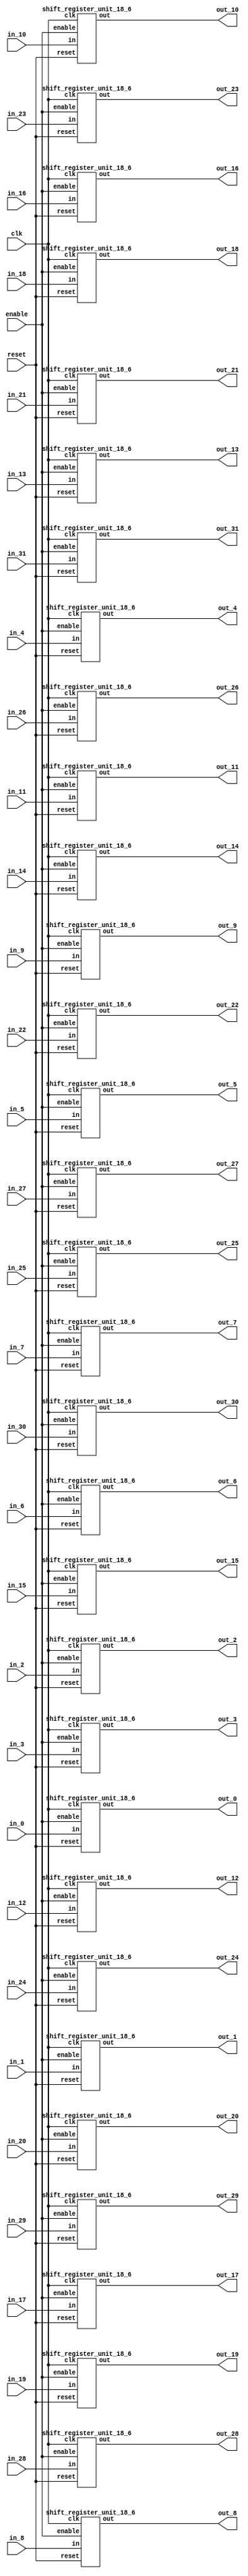
`define SIMULATION_MEMORY

module shift_register_group_18_32_6 (
	input clk,
	input enable,
	input [17:0] in_0,
	output [17:0] out_0,
	input [17:0] in_1,
	output [17:0] out_1,
	input [17:0] in_2,
	output [17:0] out_2,
	input [17:0] in_3,
	output [17:0] out_3,
	input [17:0] in_4,
	output [17:0] out_4,
	input [17:0] in_5,
	output [17:0] out_5,
	input [17:0] in_6,
	output [17:0] out_6,
	input [17:0] in_7,
	output [17:0] out_7,
	input [17:0] in_8,
	output [17:0] out_8,
	input [17:0] in_9,
	output [17:0] out_9,
	input [17:0] in_10,
	output [17:0] out_10,
	input [17:0] in_11,
	output [17:0] out_11,
	input [17:0] in_12,
	output [17:0] out_12,
	input [17:0] in_13,
	output [17:0] out_13,
	input [17:0] in_14,
	output [17:0] out_14,
	input [17:0] in_15,
	output [17:0] out_15,
	input [17:0] in_16,
	output [17:0] out_16,
	input [17:0] in_17,
	output [17:0] out_17,
	input [17:0] in_18,
	output [17:0] out_18,
	input [17:0] in_19,
	output [17:0] out_19,
	input [17:0] in_20,
	output [17:0] out_20,
	input [17:0] in_21,
	output [17:0] out_21,
	input [17:0] in_22,
	output [17:0] out_22,
	input [17:0] in_23,
	output [17:0] out_23,
	input [17:0] in_24,
	output [17:0] out_24,
	input [17:0] in_25,
	output [17:0] out_25,
	input [17:0] in_26,
	output [17:0] out_26,
	input [17:0] in_27,
	output [17:0] out_27,
	input [17:0] in_28,
	output [17:0] out_28,
	input [17:0] in_29,
	output [17:0] out_29,
	input [17:0] in_30,
	output [17:0] out_30,
	input [17:0] in_31,
	output [17:0] out_31,
	input reset
);

shift_register_unit_18_6 shift_register_unit_18_6_inst_0 (
	.clk(clk),
	.reset(reset),
	.enable(enable),
	.in(in_0),
	.out(out_0)
);

shift_register_unit_18_6 shift_register_unit_18_6_inst_1 (
	.clk(clk),
	.reset(reset),
	.enable(enable),
	.in(in_1),
	.out(out_1)
);

shift_register_unit_18_6 shift_register_unit_18_6_inst_2 (
	.clk(clk),
	.reset(reset),
	.enable(enable),
	.in(in_2),
	.out(out_2)
);

shift_register_unit_18_6 shift_register_unit_18_6_inst_3 (
	.clk(clk),
	.reset(reset),
	.enable(enable),
	.in(in_3),
	.out(out_3)
);

shift_register_unit_18_6 shift_register_unit_18_6_inst_4 (
	.clk(clk),
	.reset(reset),
	.enable(enable),
	.in(in_4),
	.out(out_4)
);

shift_register_unit_18_6 shift_register_unit_18_6_inst_5 (
	.clk(clk),
	.reset(reset),
	.enable(enable),
	.in(in_5),
	.out(out_5)
);

shift_register_unit_18_6 shift_register_unit_18_6_inst_6 (
	.clk(clk),
	.reset(reset),
	.enable(enable),
	.in(in_6),
	.out(out_6)
);

shift_register_unit_18_6 shift_register_unit_18_6_inst_7 (
	.clk(clk),
	.reset(reset),
	.enable(enable),
	.in(in_7),
	.out(out_7)
);

shift_register_unit_18_6 shift_register_unit_18_6_inst_8 (
	.clk(clk),
	.reset(reset),
	.enable(enable),
	.in(in_8),
	.out(out_8)
);

shift_register_unit_18_6 shift_register_unit_18_6_inst_9 (
	.clk(clk),
	.reset(reset),
	.enable(enable),
	.in(in_9),
	.out(out_9)
);

shift_register_unit_18_6 shift_register_unit_18_6_inst_10 (
	.clk(clk),
	.reset(reset),
	.enable(enable),
	.in(in_10),
	.out(out_10)
);

shift_register_unit_18_6 shift_register_unit_18_6_inst_11 (
	.clk(clk),
	.reset(reset),
	.enable(enable),
	.in(in_11),
	.out(out_11)
);

shift_register_unit_18_6 shift_register_unit_18_6_inst_12 (
	.clk(clk),
	.reset(reset),
	.enable(enable),
	.in(in_12),
	.out(out_12)
);

shift_register_unit_18_6 shift_register_unit_18_6_inst_13 (
	.clk(clk),
	.reset(reset),
	.enable(enable),
	.in(in_13),
	.out(out_13)
);

shift_register_unit_18_6 shift_register_unit_18_6_inst_14 (
	.clk(clk),
	.reset(reset),
	.enable(enable),
	.in(in_14),
	.out(out_14)
);

shift_register_unit_18_6 shift_register_unit_18_6_inst_15 (
	.clk(clk),
	.reset(reset),
	.enable(enable),
	.in(in_15),
	.out(out_15)
);

shift_register_unit_18_6 shift_register_unit_18_6_inst_16 (
	.clk(clk),
	.reset(reset),
	.enable(enable),
	.in(in_16),
	.out(out_16)
);

shift_register_unit_18_6 shift_register_unit_18_6_inst_17 (
	.clk(clk),
	.reset(reset),
	.enable(enable),
	.in(in_17),
	.out(out_17)
);

shift_register_unit_18_6 shift_register_unit_18_6_inst_18 (
	.clk(clk),
	.reset(reset),
	.enable(enable),
	.in(in_18),
	.out(out_18)
);

shift_register_unit_18_6 shift_register_unit_18_6_inst_19 (
	.clk(clk),
	.reset(reset),
	.enable(enable),
	.in(in_19),
	.out(out_19)
);

shift_register_unit_18_6 shift_register_unit_18_6_inst_20 (
	.clk(clk),
	.reset(reset),
	.enable(enable),
	.in(in_20),
	.out(out_20)
);

shift_register_unit_18_6 shift_register_unit_18_6_inst_21 (
	.clk(clk),
	.reset(reset),
	.enable(enable),
	.in(in_21),
	.out(out_21)
);

shift_register_unit_18_6 shift_register_unit_18_6_inst_22 (
	.clk(clk),
	.reset(reset),
	.enable(enable),
	.in(in_22),
	.out(out_22)
);

shift_register_unit_18_6 shift_register_unit_18_6_inst_23 (
	.clk(clk),
	.reset(reset),
	.enable(enable),
	.in(in_23),
	.out(out_23)
);

shift_register_unit_18_6 shift_register_unit_18_6_inst_24 (
	.clk(clk),
	.reset(reset),
	.enable(enable),
	.in(in_24),
	.out(out_24)
);

shift_register_unit_18_6 shift_register_unit_18_6_inst_25 (
	.clk(clk),
	.reset(reset),
	.enable(enable),
	.in(in_25),
	.out(out_25)
);

shift_register_unit_18_6 shift_register_unit_18_6_inst_26 (
	.clk(clk),
	.reset(reset),
	.enable(enable),
	.in(in_26),
	.out(out_26)
);

shift_register_unit_18_6 shift_register_unit_18_6_inst_27 (
	.clk(clk),
	.reset(reset),
	.enable(enable),
	.in(in_27),
	.out(out_27)
);

shift_register_unit_18_6 shift_register_unit_18_6_inst_28 (
	.clk(clk),
	.reset(reset),
	.enable(enable),
	.in(in_28),
	.out(out_28)
);

shift_register_unit_18_6 shift_register_unit_18_6_inst_29 (
	.clk(clk),
	.reset(reset),
	.enable(enable),
	.in(in_29),
	.out(out_29)
);

shift_register_unit_18_6 shift_register_unit_18_6_inst_30 (
	.clk(clk),
	.reset(reset),
	.enable(enable),
	.in(in_30),
	.out(out_30)
);

shift_register_unit_18_6 shift_register_unit_18_6_inst_31 (
	.clk(clk),
	.reset(reset),
	.enable(enable),
	.in(in_31),
	.out(out_31)
);

endmodule
module shift_register_unit_18_6 (
	input clk,
	input reset,
	input enable,
	input [17:0] in,
	output [17:0] out
);

reg [17:0] shift_registers_0;
reg [17:0] shift_registers_1;
reg [17:0] shift_registers_2;
reg [17:0] shift_registers_3;
reg [17:0] shift_registers_4;
reg [17:0] shift_registers_5;
always @ (posedge clk) begin
	if (reset) begin
		shift_registers_0 <= 18'd0;
		shift_registers_1 <= 18'd0;
		shift_registers_2 <= 18'd0;
		shift_registers_3 <= 18'd0;
		shift_registers_4 <= 18'd0;
		shift_registers_5 <= 18'd0;
	end else if (enable) begin
		shift_registers_0 <= in;
		shift_registers_1 <= shift_registers_0;
		shift_registers_2 <= shift_registers_1;
		shift_registers_3 <= shift_registers_2;
		shift_registers_4 <= shift_registers_3;
		shift_registers_5 <= shift_registers_4;
	end
end

assign out = shift_registers_5;

endmodule